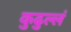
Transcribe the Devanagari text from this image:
कुढुल्लं